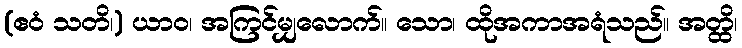
(ဧဝံ သတိ၊) ယာဝ၊ အကြင်မျှလောက်။ သော၊ ထိုအကာအရံသည်။ အတ္ထိ၊